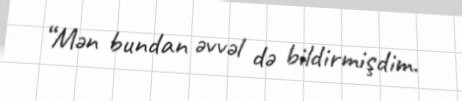
“Mən bundan əvvəl də bildirmişdim.